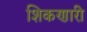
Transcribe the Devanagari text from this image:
शिकणारी